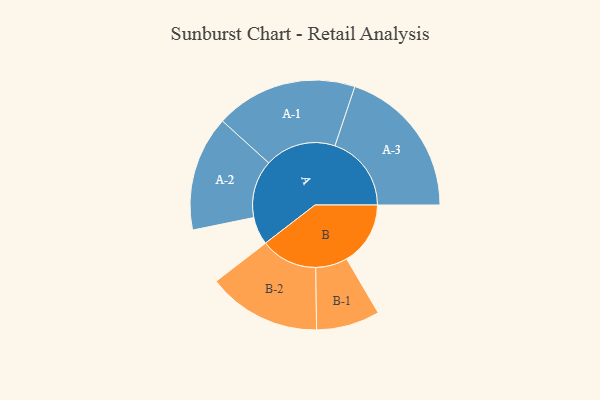
{"axis": {"x": "Segment", "y": "Value"}, "legend": ["", "A", "B"], "data": [{"x": "A", "y": 108, "type": ""}, {"x": "B", "y": 247, "type": ""}, {"x": "A-1", "y": 275, "type": "A"}, {"x": "A-2", "y": 223, "type": "A"}, {"x": "A-3", "y": 296, "type": "A"}, {"x": "B-1", "y": 123, "type": "B"}, {"x": "B-2", "y": 220, "type": "B"}]}